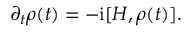
\partial _ { t } \rho ( t ) = - \mathrm { i } [ H , \rho ( t ) ] .